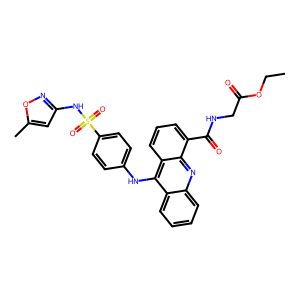
SMILES: CCOC(=O)CNC(=O)c1cccc2c(Nc3ccc(S(=O)(=O)Nc4cc(C)on4)cc3)c3ccccc3nc12
Inhibits HIV replication: No